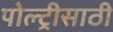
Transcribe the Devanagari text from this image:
पोल्ट्रीसाठी